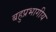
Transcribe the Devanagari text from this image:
बहुप्रभागीय